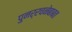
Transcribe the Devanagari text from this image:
पुनर्रचनेबाबत